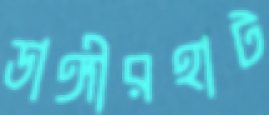
ডাঙ্গীরহাট